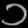
Digit: ၁